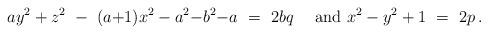
LaTeX: \begin{align*} ay^2+z^2 \ -\ (a{+}1)x^2 -a^2{-}b^2{-}a\ =\ 2bq \quad\mbox{ and } x^2-y^2+1\ =\ 2p\,.\end{align*}